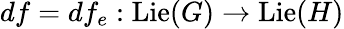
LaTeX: df=df_{e}:\operatorname{Lie}(G)\to\operatorname{Lie}(H)